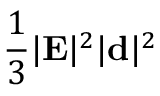
\frac 1 3 | { \bf E } | ^ { 2 } | { \bf d } | ^ { 2 }